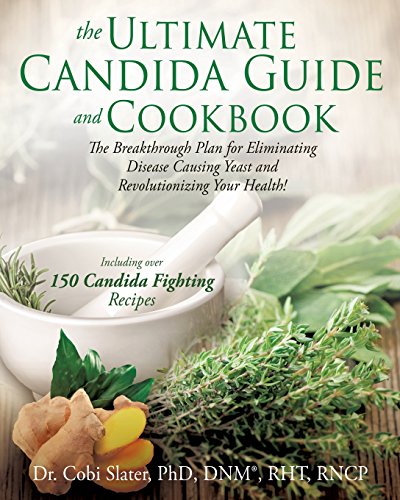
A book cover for The Ultimate Candida Guide and Cookbook; Phd Dnm(r) Rht Slater; Health, Fitness & Dieting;